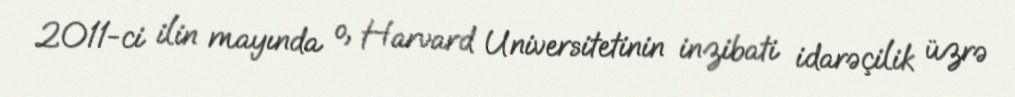
2011-ci ilin mayında o, Harvard Universitetinin inzibati idarəçilik üzrə